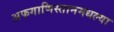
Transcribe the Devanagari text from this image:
अफगाणिस्तानमधल्या